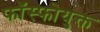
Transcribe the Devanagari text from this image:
फॉस्फोयुक्त